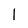
Character: I